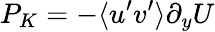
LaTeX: P_{K}=-\langle u^{\prime}v^{\prime}\rangle\partial_{y}U